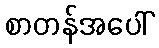
စာတန်အပေါ်